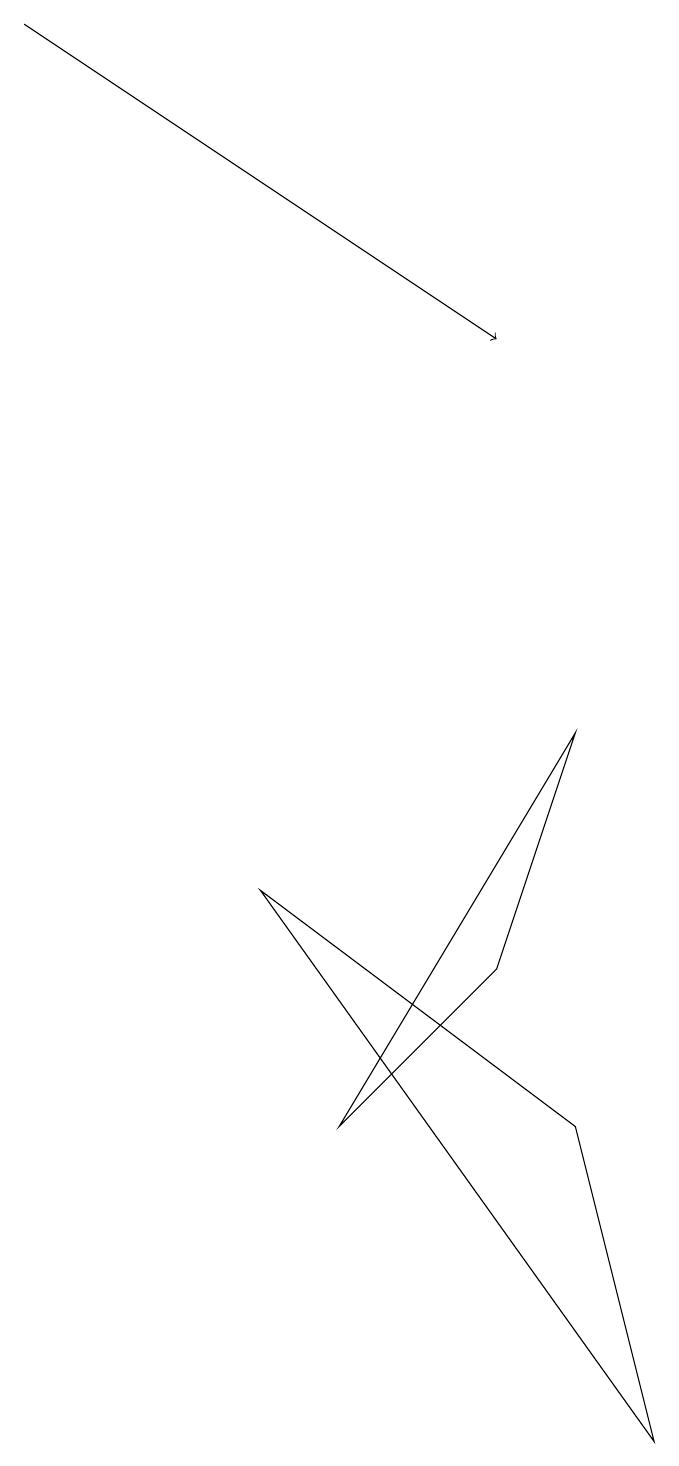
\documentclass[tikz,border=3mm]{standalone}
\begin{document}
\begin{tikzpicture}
\draw (7,4) -- (3,7) -- (8,0) -- cycle;
\draw[->] (0,18) -- (6,14);
\draw (6,6) -- (4,4) -- (7,9) -- cycle;
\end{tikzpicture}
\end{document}